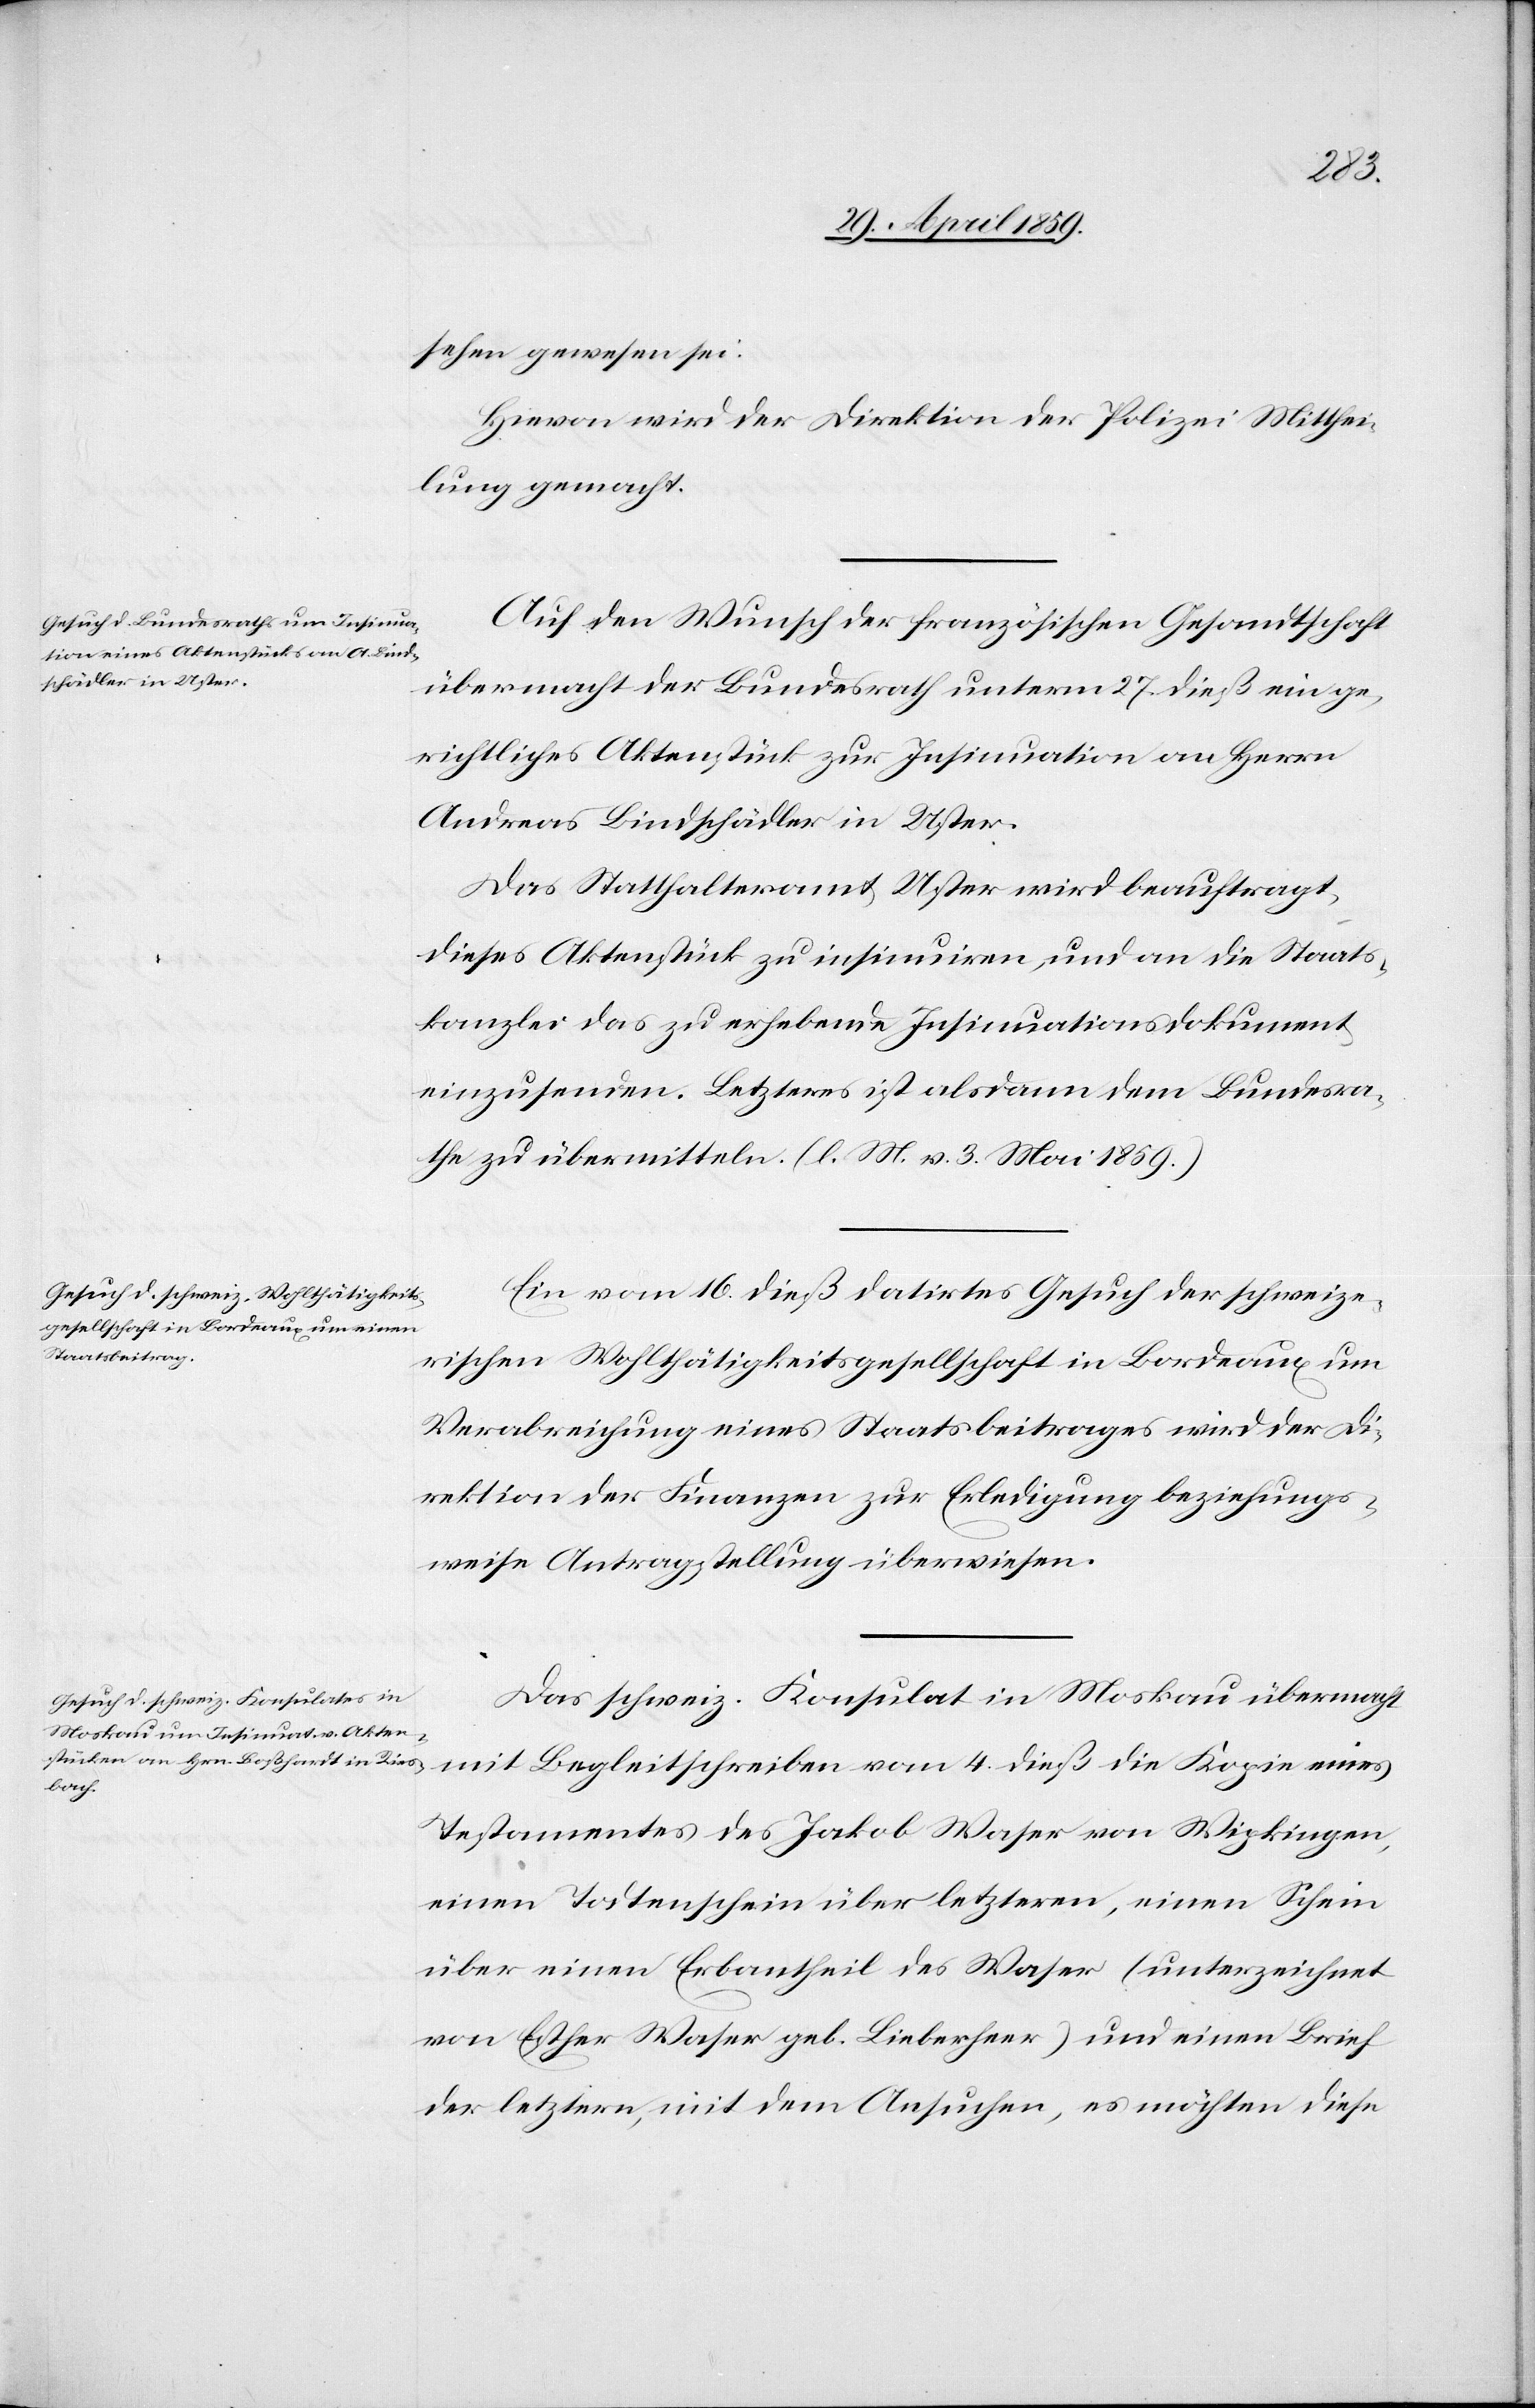
sehen gewesen sei:
Hievon wird der Direktion der Polizei Mitthei¬
lung gemacht.
Auf den Wunsch der französischen Gesandtschaft
übermacht der Bundesrath unterm 27. dieß ein ge¬
richtliches Aktenstück zur Insinuation an Herrn
Andreas Bindschädler in Uster.
Das Statthalteramt Uster wird beauftragt,
dieses Aktenstück zu insinuiren, und an die Staats¬
kanzlei das zu erhebende Insinuationsdokument
einzusenden. Letzteres ist alsdann dem Bundesra¬
the zu übermitteln. (l. M. v. 3. Mai 1859.)
Ein vom 16. dieß datirtes Gesuch der schweize¬
rischen Wohlthätigkeitsgesellschaft in Bordeaux um
Verabreichung eines Staatsbeitrages wird der Di¬
rektion der Finanzen zur Erledigung beziehungs¬
weise Antragstellung überwiesen.
Das schweiz. Konsulat in Moskau übermacht
mit Begleitschreiben vom 4. dieß die Kopie eines
Testamentes des Jakob Waser von Wipkingen,
einen Todtenschein über letzteren, einen Schein
über einen Erbantheil des Waser (unterzeichnet
von Esther Waser geb. Lieberheer) und einen Brief
der letztern, mit dem Ansuchen, es möchten diese